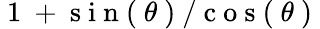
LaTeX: \mathrm{~1~+~s~i~n~(~}\theta\mathrm{~)~/~c~o~s~(~}\theta\mathrm{~)~}